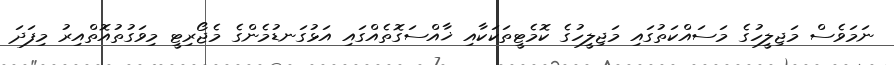
ނަމަވެސް މަޖިލީހުގެ މަސައްކަތުގައި މަޖިލީހުގެ ކޮމެޓީތަކަކާއި ޚާއްސަގޮތެއްގައި އަޅުގަނޑުމެންގެ މެޖޯރިޓީ މިވަގުތުއޮތްއިރު މިފަދަ